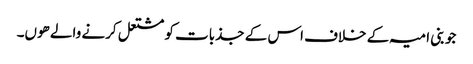
جو بنی امیہ کے خلاف اس کے جذبات کو مشتعل کرنے والے ھوں۔